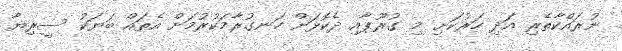
ނުރައްކާތެރި އަދި ހަރުކަށި މި ގުރޫޕާއި ދެކޮޅަށް ހަނގުރާމަކުރުމަށް އެތައް ބަޔަކު ސީރިޔާ